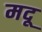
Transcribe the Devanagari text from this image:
मदू